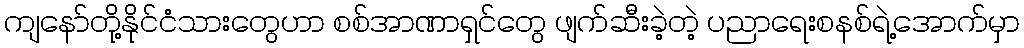
ကျနော်တို့နိုင်ငံသားတွေဟာ စစ်အာဏာရှင်တွေ ဖျက်ဆီးခဲ့တဲ့ ပညာရေးစနစ်ရဲ့အောက်မှာ